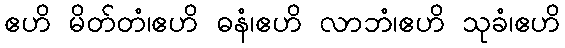
ဧဟိ မိတ်တံ၊ဧဟိ ဓနံ၊ဧဟိ လာဘံ၊ဧဟိ သုခံ၊ဧဟိ